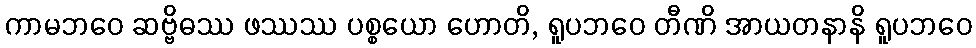
ကာမဘဝေ ဆဗ္ဗိဓဿ ဖဿဿ ပစ္စယော ဟောတိ, ရူပဘဝေ တီဏိ အာယတနာနိ ရူပဘဝေ